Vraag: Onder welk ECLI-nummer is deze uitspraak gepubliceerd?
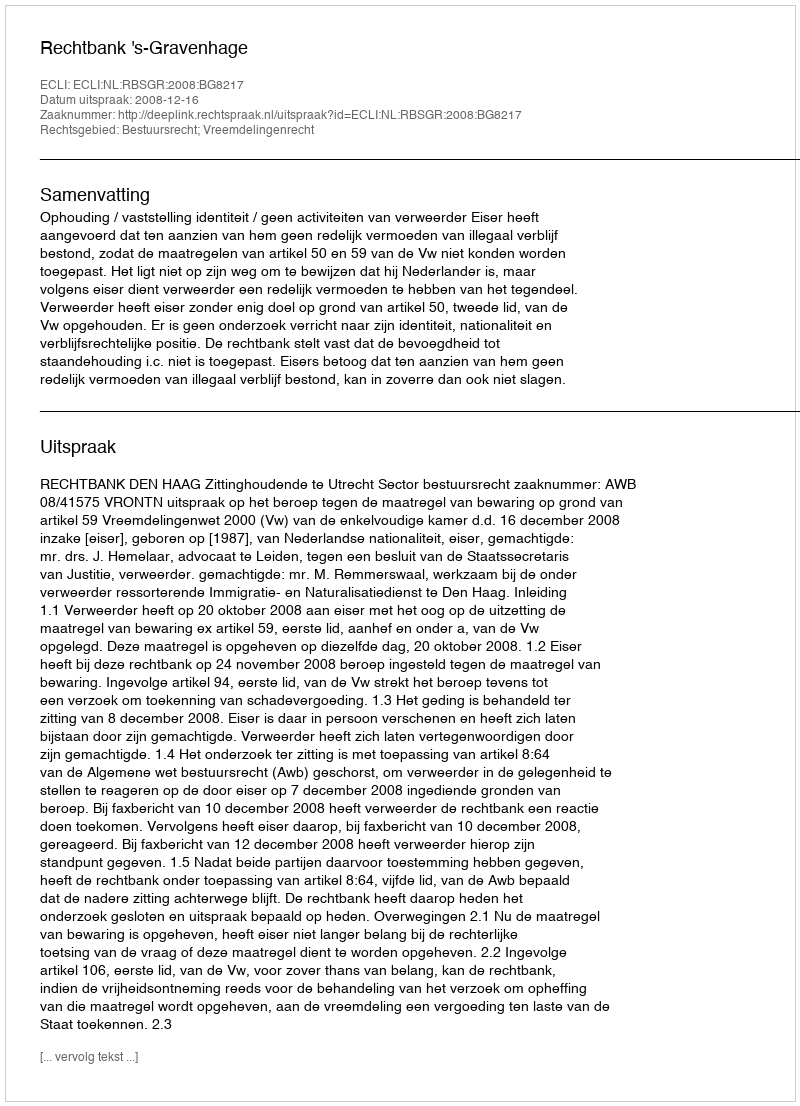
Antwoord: ECLI:NL:RBSGR:2008:BG8217